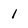
Character: 1